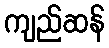
ကျည်ဆန်